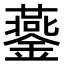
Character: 𨬪